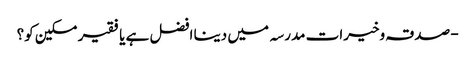
- صدقہ وخیرات مدرسہ میں دینا افضل ہے یا فقیر مسکین کو؟